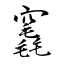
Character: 竁